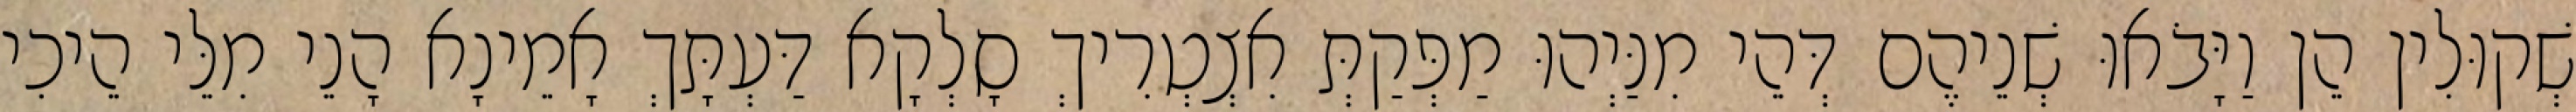
שְׁקוּלִין הֵן וַיָּבֹאוּ שְׁנֵיהֶם דְּהֵי מִנַּיְהוּ מַפְּקַתְּ אִצְטְרִיךְ סָלְקָא דַּעְתָּךְ אָמֵינָא הָנֵי מִלֵּי הֵיכִי